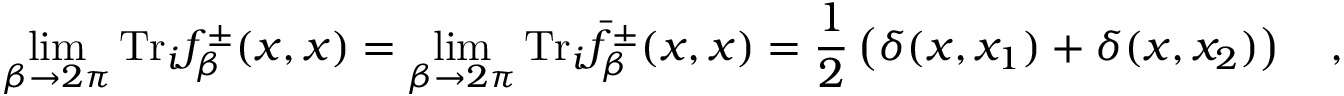
\operatorname * { l i m } _ { \beta \rightarrow 2 \pi } \mathrm { T r } _ { i } f _ { \beta } ^ { \pm } ( x , x ) = \operatorname * { l i m } _ { \beta \rightarrow 2 \pi } \mathrm { T r } _ { i } \bar { f } _ { \beta } ^ { \pm } ( x , x ) = \frac 1 2 \left( \delta ( x , x _ { 1 } ) + \delta ( x , x _ { 2 } ) \right) ~ ~ ~ ,